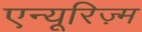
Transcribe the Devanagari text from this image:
एन्यूरिज़्म